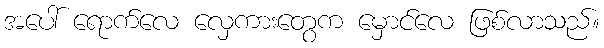
အပေါ် ရောက်လေ လှေကားတွေက မှောင်လေ ဖြစ်လာသည်။